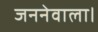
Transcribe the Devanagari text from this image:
जननेवाला।